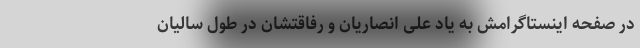
در صفحه اینستاگرامش به یاد علی انصاریان و رفاقتشان در طول سالیان